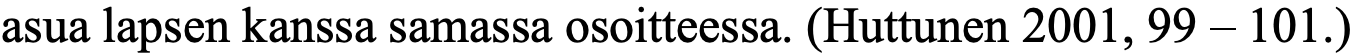
asua lapsen kanssa samassa osoitteessa. (Huttunen 2001, 99 – 101.)